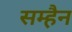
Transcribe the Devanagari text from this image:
सम्हैन